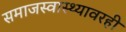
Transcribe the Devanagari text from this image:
समाजस्वास्थ्यावरही